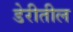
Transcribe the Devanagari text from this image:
डेरीतील